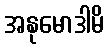
အနုမောဒါမိ